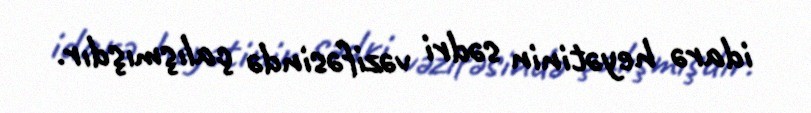
idarə heyətinin sədri vəzifəsində çalışmışdır.